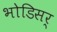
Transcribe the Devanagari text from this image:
भोडिसर्